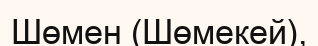
Шөмен (Шөмекей),